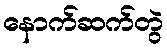
နောက်ဆက်တွဲ